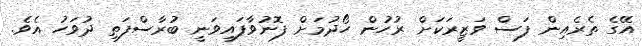
އޭގެ ތެރެއިން ފަސް ވަޒީރަކަށް ރުހުން ހޯދުމަށް ފޮނުވާފައިވަނީ ބުރާސްފަތި ދުވަހު އެވެ.